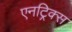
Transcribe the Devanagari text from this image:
एनट्रिक्स